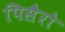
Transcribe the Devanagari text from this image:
पिसैरो